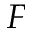
F